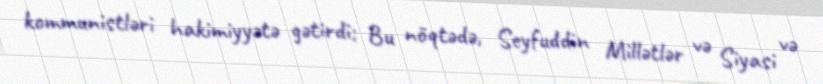
kommunistləri hakimiyyətə gətirdi; Bu nöqtədə, Seyfuddin Millətlər və Siyasi və